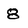
Character: 8